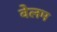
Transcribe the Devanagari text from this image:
वेलम